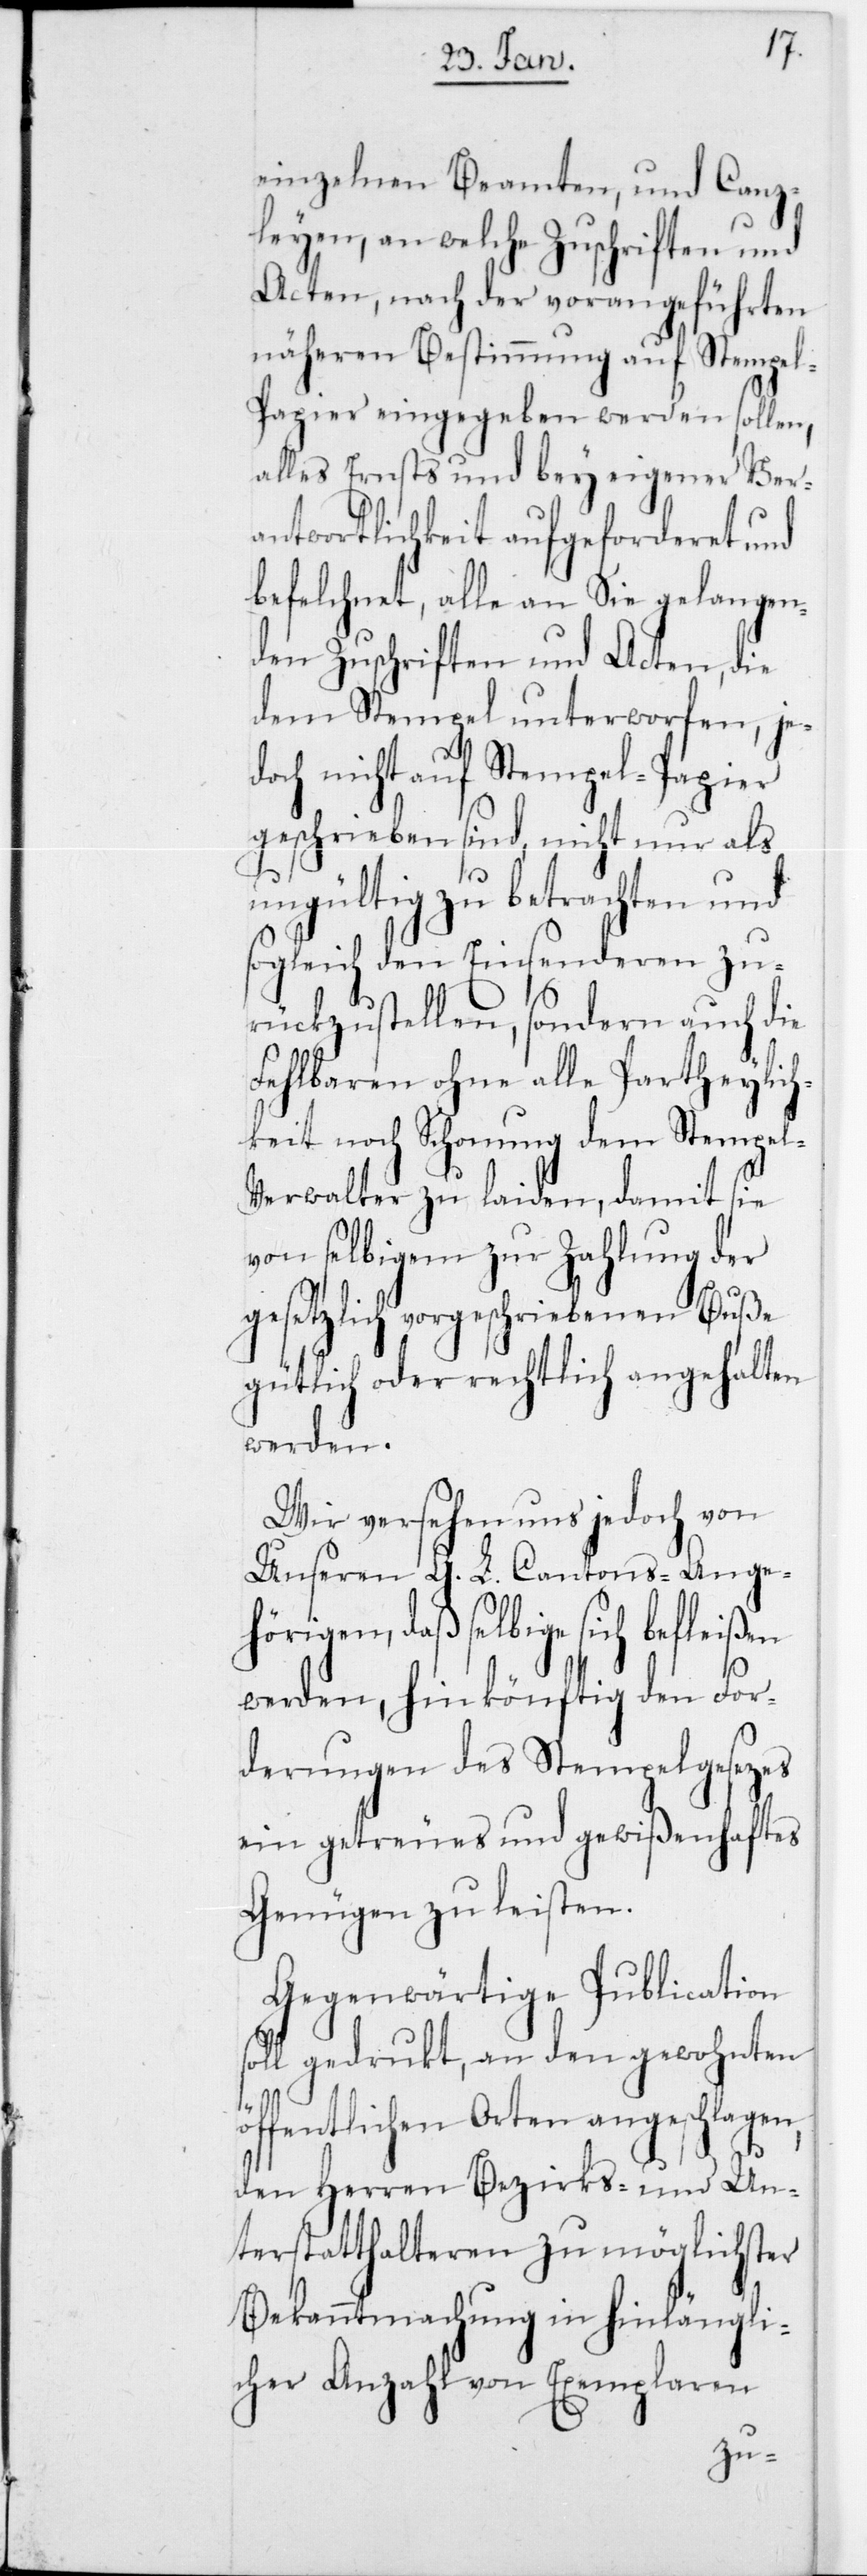
einzelnen Beamten und Canz¬
leyen, an welche Zuschriften und
Acten, nach der vorangeführten
näheren Bestimmung auf Stempe¬
l-Papier eingegeben werden sollen,
alles Ernsts und bey eigener Ver¬
antwortlichkeit aufgeforderet und
befelchnet, alle an Sie gelangen¬
den Zuschriften und Acten, die
dem Stempel unterworfen, je¬
doch nicht auf Stempel-Papier
geschrieben sind, nicht nur als
ungültig zu betrachten und
sogleich den Einsenderen zu¬
rückzustellen, sondern auch die
Fehlbaren ohne alle Partheylic¬
hkeit noch Schonung dem Stempel-V¬
erwalter zu laiden, damit sie
von selbigem zur Zahlung der
gesetzlich vorgeschriebenen Buße
gütlich oder rechtlich angehalten
werden.
Wir versehen uns jedoch von
Unseren G. L. Cantons-Ange¬
hörigen, daß selbige sich befleißen
werden, hinkönftig den For¬
derungen des Stempelgesezes
ein getreues und gewißenhaftes
Genügen zu leisten.
Gegenwärtige Publication
soll gedrukt, an den gewohnten
öffentlichen Orten angeschlagen,
den Herren Bezirks- und Un¬
terstatthalteren zu möglichster
Bekanntmachung in hinlängli¬
cher Anzahl von Exemplaren